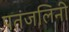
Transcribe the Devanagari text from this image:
पतंजलिनी